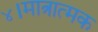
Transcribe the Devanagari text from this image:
४।मात्रात्मक